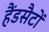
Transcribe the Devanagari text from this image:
हैंडसैटों